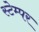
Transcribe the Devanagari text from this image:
स्टेम्पर